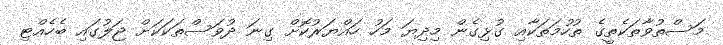
މަސްތުވާތަކެތީގެ ތުހުމަތަކާއި ގުޅިގެން މިދިޔަ މަހު ހައްޔަރުކޮށް ގިނަ ދުވަސްތަކަކަށް ޖަލުގައި ބެހެއްޓި